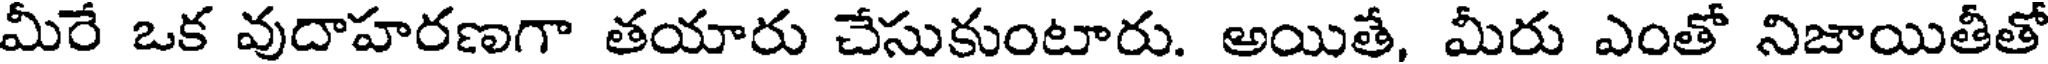
మీరే ఒక వుదాహరణగా తయారు చేసుకుంటారు. అయితే, మీరు ఎంతో నిజాయితీతో